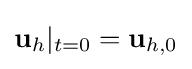
\mathbf {u} _{h}|_{t=0}=\mathbf {u} _{h,0}